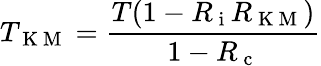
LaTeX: T_{\mathrm{~K~M~}}=\frac{T(1-R_{\mathrm{~i~}}R_{\mathrm{~K~M~}})}{1-R_{\mathrm{~c~}}}